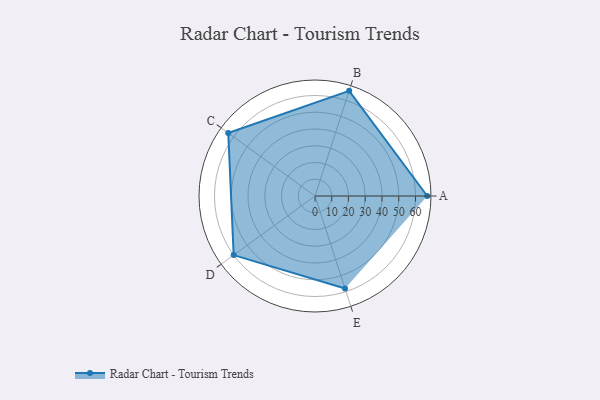
{"axis": {"x": "Skill", "y": "Score"}, "legend": ["Profile"], "data": [{"x": "A", "y": 67.0, "type": "Profile"}, {"x": "B", "y": 66.0, "type": "Profile"}, {"x": "C", "y": 64.0, "type": "Profile"}, {"x": "D", "y": 60.0, "type": "Profile"}, {"x": "E", "y": 58.0, "type": "Profile"}]}